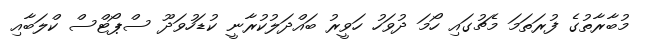
މުބާރާތުގެ ފުރަތަމަ މެޗުގައި ހޯމަ ދުވަހު ހަވީރު ބައްދަލުކުރާނީ ކުޑަހުވަދޫ ސްޕޯޓްސް ކްލަބާއި